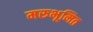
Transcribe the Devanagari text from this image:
मरुभूमित